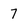
Character: 7